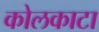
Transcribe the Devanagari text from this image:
कोलकाटा